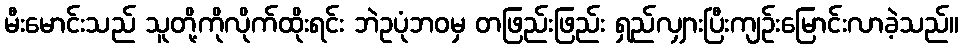
မီးမောင်းသည် သူတို့ကိုလိုက်ထိုးရင်း ဘဲဥပုံဘဝမှ တဖြည်းဖြည်း ရှည်လျှားပြီးကျဉ်းမြောင်းလာခဲ့သည်။